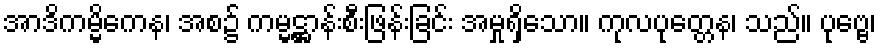
အာဒိကမ္မိကေန၊ အစ၌ ကမ္မဋ္ဌာန်းစီးဖြန်းခြင်း အမှုရှိသော။ ကုလပုတ္တေန၊ သည်။ ပုဗ္ဗေ၊